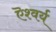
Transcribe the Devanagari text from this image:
ऎश्वर्य